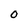
Character: O